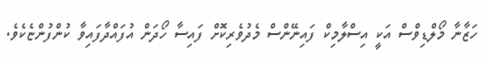
ހަޒާނާ މޯލްޑިވްސް އަކީ އިސްލާމިކް ފައިނޭންސް މެދުވެރިކޮށް ފައިސާ ހޯދަން އުފައްދާފައިވާ ކުންފުންޏެކެވެ.